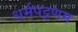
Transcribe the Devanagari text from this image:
धर्मपट्टणम